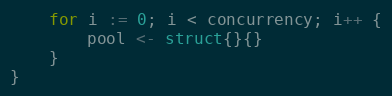
Language: Go
	for i := 0; i < concurrency; i++ {
		pool <- struct{}{}
	}
}